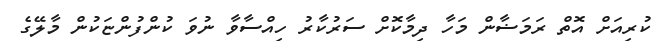
ކުރިއަށް އޮތް ރަމަޟާން މަހާ ދިމާކޮށް ސަރުކާރު ހިއްސާވާ ނުވަ ކުންފުންޏަކުން މާލޭގެ